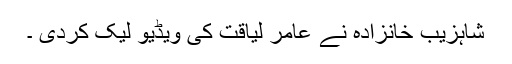
شاہزیب خانزادہ نے عامر لیاقت کی ویڈیو لیک کردی ۔